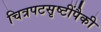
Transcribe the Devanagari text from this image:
चित्रपटसृष्टींपैकी